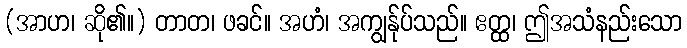
(အာဟ၊ ဆို၏။) တာတ၊ ဖခင်။ အဟံ၊ အကျွန်ုပ်သည်။ ဧတ္ထ၊ ဤအသံနည်းသော